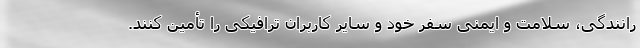
رانندگی، سلامت و ایمنی سفر خود و سایر کاربران ترافیکی را تأمین کنند.